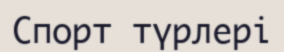
Спорт түрлері